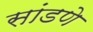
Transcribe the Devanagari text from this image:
सांडणे